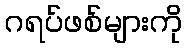
ဂရပ်ဖစ်များကို